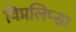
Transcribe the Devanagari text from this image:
विप्रलिप्सा